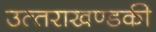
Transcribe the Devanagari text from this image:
उत्‍तराखण्‍डकी